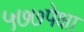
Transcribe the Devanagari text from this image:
५७७पेक्षा